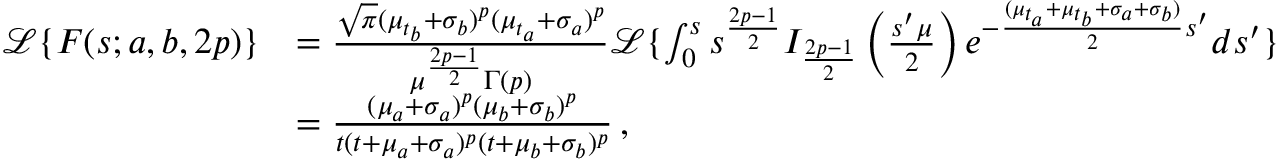
\begin{array} { r l } { \mathcal { L } \{ F ( s ; a , b , 2 p ) \} } & { = \frac { \sqrt { \pi } ( \mu _ { t _ { b } } + \sigma _ { b } ) ^ { p } ( \mu _ { t _ { a } } + \sigma _ { a } ) ^ { p } } { \mu ^ { \frac { 2 p - 1 } { 2 } } \Gamma \left( p \right) } \mathcal { L } \{ \int _ { 0 } ^ { s } s ^ { \frac { 2 p - 1 } { 2 } } I _ { \frac { 2 p - 1 } { 2 } } \left( \frac { s ^ { \prime } \mu } { 2 } \right) e ^ { - \frac { ( \mu _ { t _ { a } } + \mu _ { t _ { b } } + \sigma _ { a } + \sigma _ { b } ) } { 2 } s ^ { \prime } } d s ^ { \prime } \} } \\ & { = \frac { ( \mu _ { a } + \sigma _ { a } ) ^ { p } ( \mu _ { b } + \sigma _ { b } ) ^ { p } } { t ( t + \mu _ { a } + \sigma _ { a } ) ^ { p } ( t + \mu _ { b } + \sigma _ { b } ) ^ { p } } \, , } \end{array}